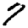
Digit: 7